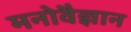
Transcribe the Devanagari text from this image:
मनोवैज्ञान